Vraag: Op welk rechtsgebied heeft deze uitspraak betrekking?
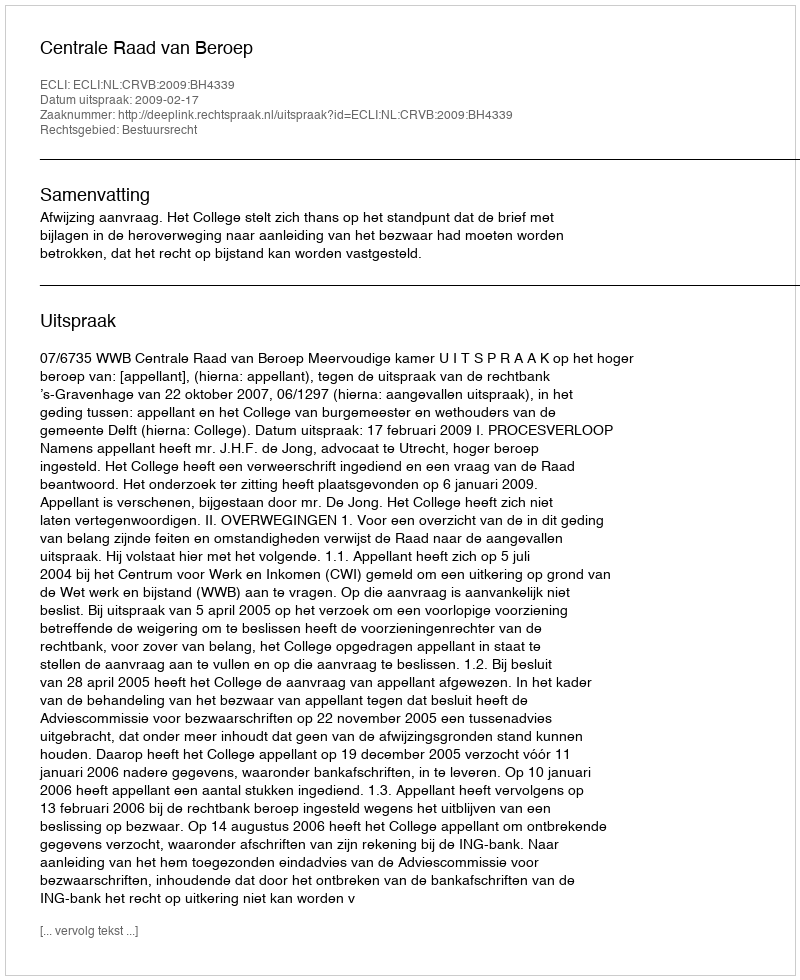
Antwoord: Bestuursrecht